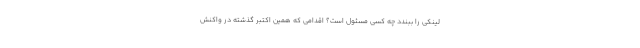
لینکی را ببندد چه کسی مسئول است؟ اقدامی که همین اکتبر گذشته در واکنش